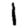
Digit: 1